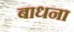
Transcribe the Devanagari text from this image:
बाधना